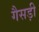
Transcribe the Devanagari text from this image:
गैसड़ी